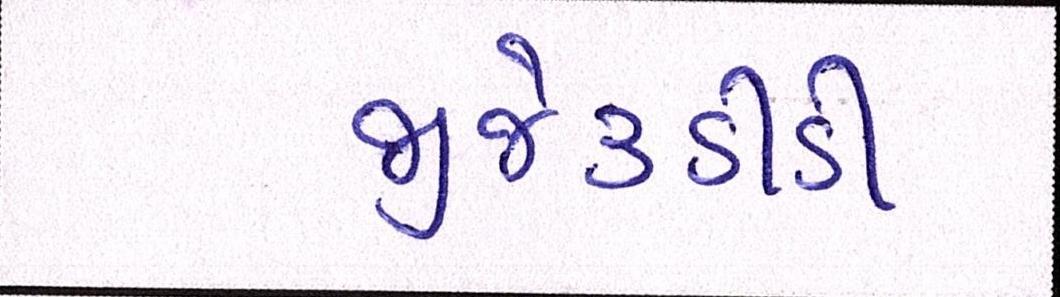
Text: જીજે૩ડીડી